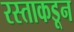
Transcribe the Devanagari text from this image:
रस्ताकडून